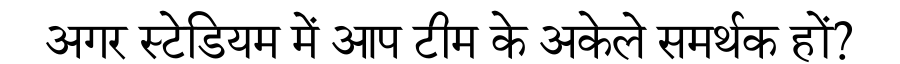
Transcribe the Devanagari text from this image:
अगर स्टेडियम में आप टीम के अकेले समर्थक हों?